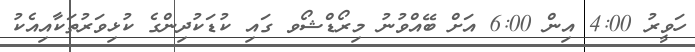
ހަވީރު 4:00 އިން 6:00 އަށް ބޭއްވުނު މިރޯޑްޝޯވ ގައި ކުޑަކުދިންގެ ކުޅިވަރުތަކާއިއެކު